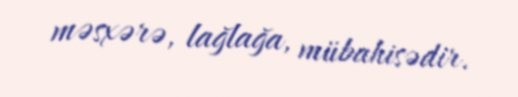
məsxərə, lağlağa, mübahisədir.